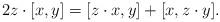
LaTeX: \begin{align*}2z\cdot [x,y]=[z\cdot x,y]+[x,z\cdot y].\end{align*}